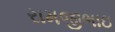
રામજીભાઇ